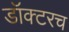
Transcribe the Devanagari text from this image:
डॉक्टरच